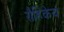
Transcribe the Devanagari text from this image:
रौहिकेय